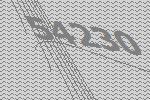
54230